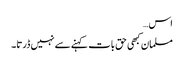
اس…
مسلمان کبھی حق بات کہنے سے نہیں ڈرتا۔